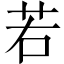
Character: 若